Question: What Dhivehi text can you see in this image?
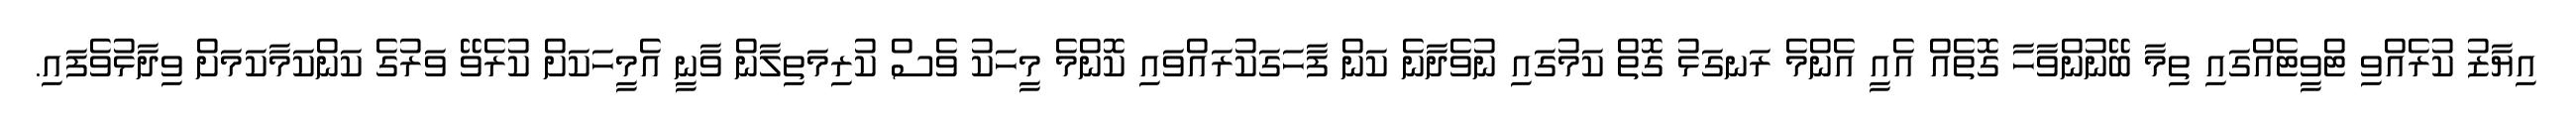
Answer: އިޔާޒު ކުރެއްވި ޓްވީޓެއްގައި ތިމާ ބޭނުންވާހާ ގޮތެއް އެއީ އެންމެ ރަނގަޅު ގޮތް ކަމުގައި ނުވެދާނެ ކަން ފާހަގަކުރައްވައި ކޮންމެ މީހަކު ވެސް ކުރިމަތިލާން ވާނީ އެމީހަކަށް ކުރެވޭ ވަރުގެ ކަންކަމާކަމަށް ވިދާޅުވެފައި.